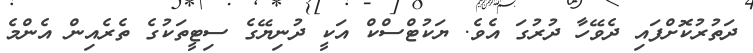
ދަތުރުކޮށްފައި ދެވޭހާ ދުރުގަ އެވެ. ޔަކުޓްސްކް އަކީ ދުނިޔޭގެ ސިޓީތަކުގެ ތެރެއިން އެންމެ